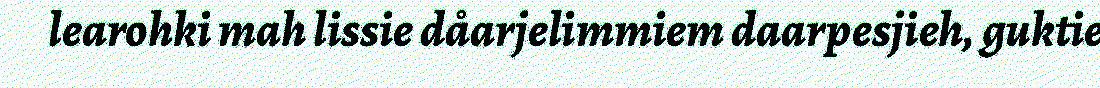
learohki mah lissie dåarjelimmiem daarpesjieh, guktie